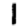
Digit: 1